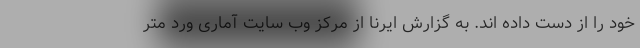
خود را از دست داده اند. به گزارش ایرنا از مرکز وب سایت آماری ورد متر